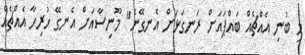
މި ބުނި އެއްޗެއް ބައްޕައަށް ރަނގަޅަށް އެނގޭނެ" މޫނިސާއަށް އެނގޭ ހުރިހާ އެއްޗެއް